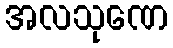
အလသုဏေ